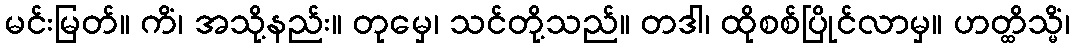
မင်းမြတ်။ ကိံ၊ အသို့နည်း။ တုမှေ၊ သင်တို့သည်။ တဒါ၊ ထိုစစ်ပြိုင်လာမှ။ ဟတ္ထိသ္မိံ၊